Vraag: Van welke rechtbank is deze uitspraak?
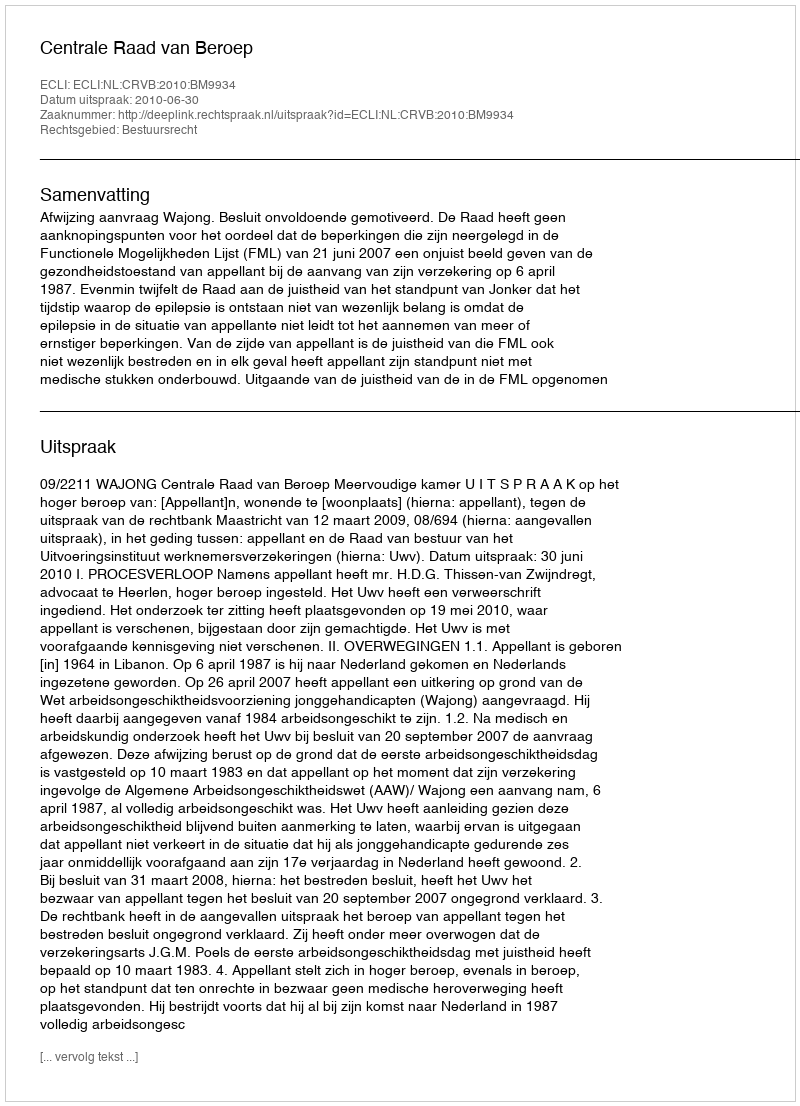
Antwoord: Centrale Raad van Beroep